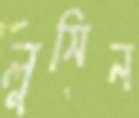
লুসিন